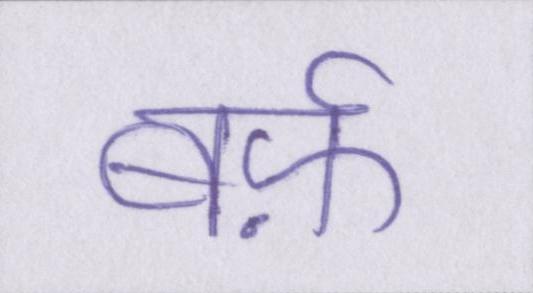
बर्फ़